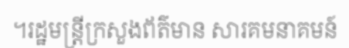
។រដ្ឋមន្ត្រីក្រសួងព័ត៌មាន សារគមនាគមន៍